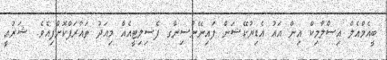
ބީއެމްއެލް އިސްލާމިކް އިން އައު އެޑިޔުކޭޝަން ފައިނޭންސިންގ ފެސިލިޓީއެއް މިއަދު ތައާރަފްކޮށްފިއެވެ. ޝަރުޢީ